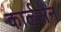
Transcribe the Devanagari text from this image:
कार्लसेन